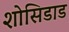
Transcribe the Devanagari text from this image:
शोसिडाड